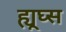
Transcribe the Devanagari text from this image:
ह्यूघ्स